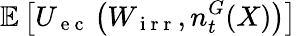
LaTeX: \mathbb{E}\left[U_{\mathrm{~e~c~}}\left(W_{\mathrm{~i~r~r~}},n_{t}^{G}(X)\right)\right]